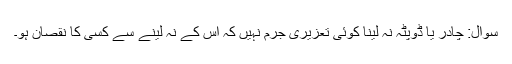
سوال: چادر یا ڈوپٹہ نہ لینا کوئی تعزیری جرم نہیں کہ اس کے نہ لینے سے کسی کا نقصان ہو۔